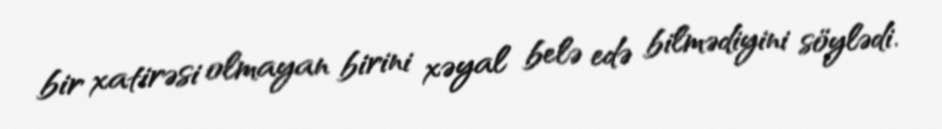
bir xatirəsi olmayan birini xəyal belə edə bilmədiyini söylədi.